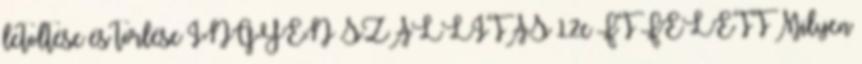
letöltése és törlése INGYEN SZÁLLÍTÁS 12e FT FELETT Milyen